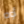
أوه